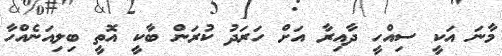
މާނަ އަކީ ސިއްހީ ދާއިރާ އަށް ހަރަދު ކުރަން ބާކީ އޮތީ ބިލިއަނެއްހާ